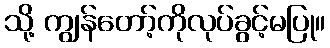
သို့ ကျွန်တော့်ကိုလုပ်ခွင့်မပြု။